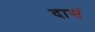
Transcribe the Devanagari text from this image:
दासं